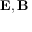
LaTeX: \mathbf { E } , \mathbf { B }